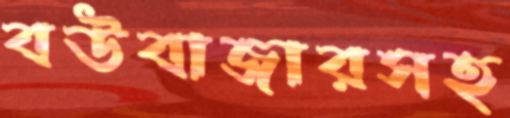
বউবাজারসহ